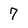
Character: 7